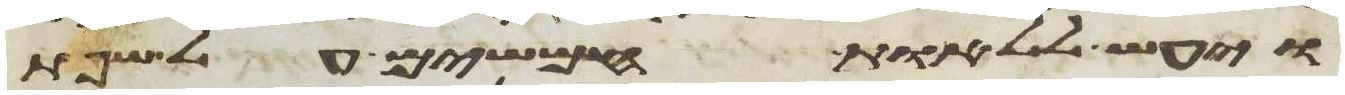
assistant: ויעש ללאות חמשים על שפת